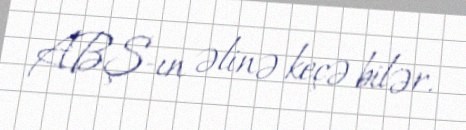
ABŞ-ın əlinə keçə bilər.